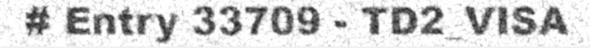
# Entry 33709 - TD2_VISA